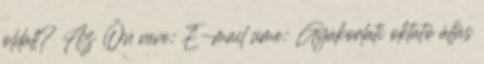
oldalt? Az Ön neve: E-mail címe: Gyakorlati oktató állás